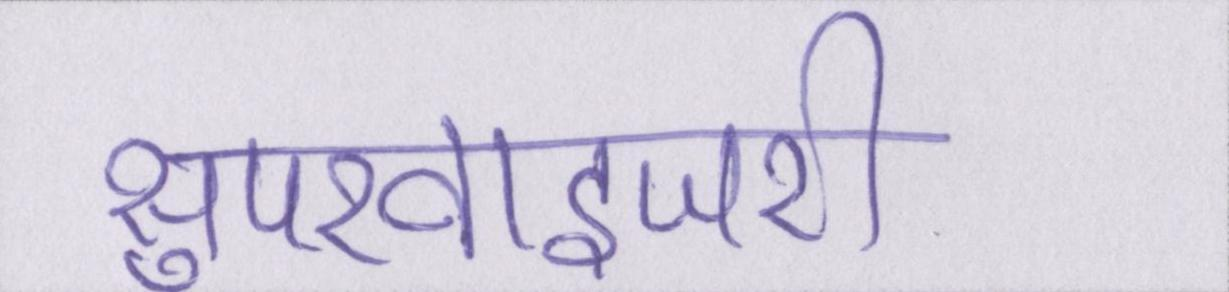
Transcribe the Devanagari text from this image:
सुपरवाइजरी